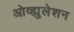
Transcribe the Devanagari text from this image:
ओव्ह्युलेशन